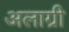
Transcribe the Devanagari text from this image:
अलाग्री